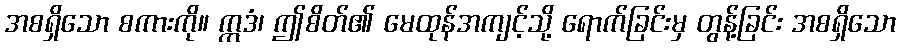
အစရှိသော စကားကို။ ဣဒံ၊ ဤစိတ်၏ မေထုန်အကျင့်သို့ ရောက်ခြင်းမှ တွန့်ခြင်း အစရှိသော